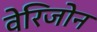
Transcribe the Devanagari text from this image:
वेरिजोन